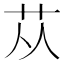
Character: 苁